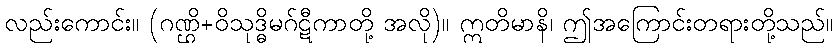
လည်းကောင်း။ (ဂဏ္ဌိ+ဝိသုဒ္ဓိမဂ်ဋီကာတို့ အလို)။ ဣတိမာနိ၊ ဤအကြောင်းတရားတို့သည်။